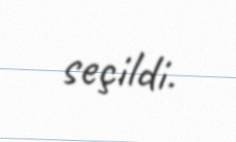
seçildi.